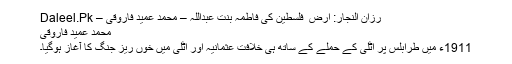
رزان النجار: ارض ِ فلسطین کی فاطمہ بنت عبداللہ – محمد عمید فاروقی – Daleel.Pk
محمد عمید فاروقی
1911ء میں طرابلس پر اٹلی کے حملے کے ساتھ ہی خلافت عثمانیہ اور اٹلی میں خوں ریز جنگ کا آغاز ہوگیا۔